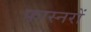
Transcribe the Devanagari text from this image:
फास्नरों